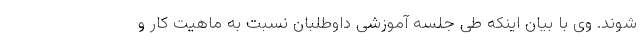
شوند. وی با بیان اینکه طی جلسه آموزشی داوطلبان نسبت به ماهیت کار و